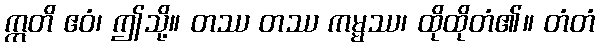
ဣတိ ဧဝံ၊ ဤသို့။ တဿ တဿ ကမ္မဿ၊ ထိုထိုတံ၏။ တံတံ